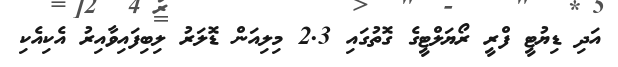
އަދި ޑިޔުޓީ ފްރީ ރޯޔަލްޓީގެ ގޮތުގައި 2.3 މިލިއަން ޑޮލަރު ލިބިފައިވާއިރު އެކިއެކި